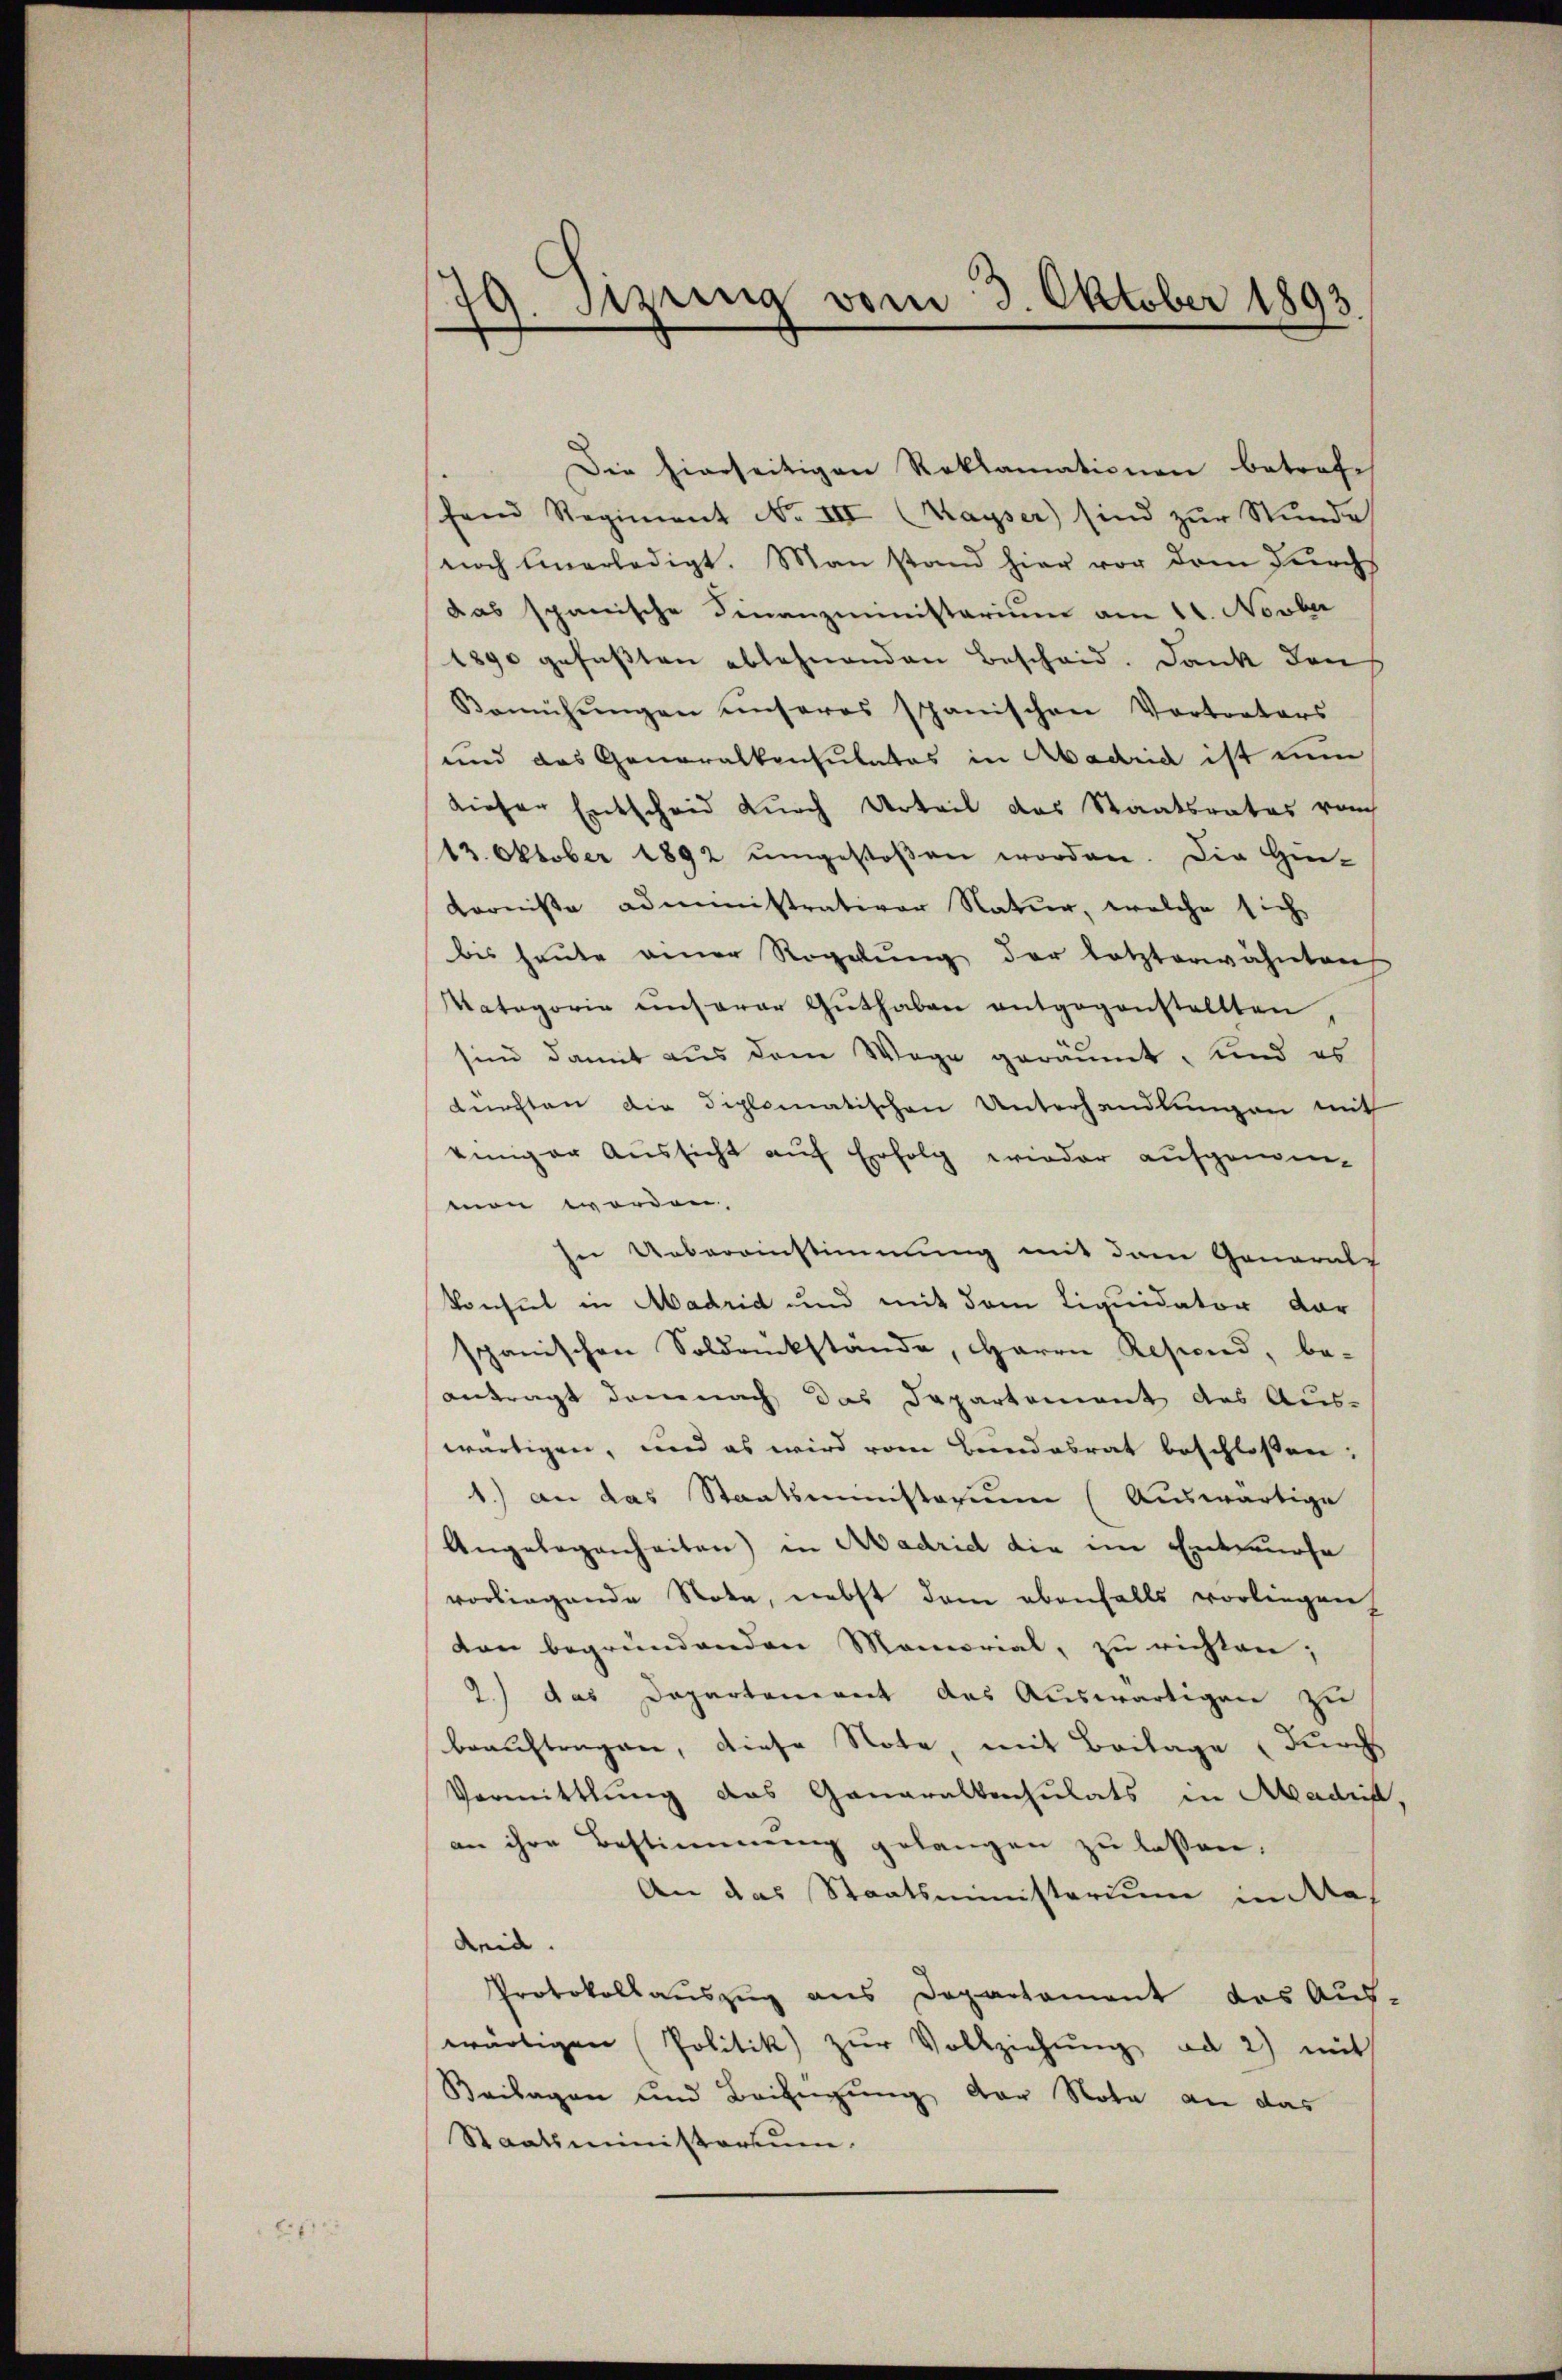
2

79. Setzung vom 3. Oktober 1893.

Die hierseitigen Reklamationen betrofe
fend Regiment No III Kayser) sind zŭr Stŭnde
noch einerledigt. Man stand hier vor dem Furchs
das spanische Finanzministarium am 11. Novber
1890 gefaßten ablehnenden Bescheid. Dank den
Bemühŭngen unseres spanischen Vortreters
und das Generalkonsulatos in Abadrid ist um
dieser Entscheid durch Urteil das Staatsrates rauch
13. Oktober 1892 ŭmgestoβen worden. Die Hin-
Korniße administrativer Natur, welche sich
bis heute einer Regelŭng der letzterwähnten
Kategorie unserer Guthaben entgegenstellten
sind damit aus dem Wege geräumt, und es
Fürchten die diplomatischen Unterhandlungen mit
einiger Aussicht auf Erfolg wieder aufgewenmen worden.
In Uebereinstimmung mit dem Generalp
Konsul in Madrid und mit dem Liquidator dar
spanischen Soldrückstände, Herrn Resind, be-
antragt den nach das Departement des Aus-
wärtigen, und es wird vom Bandesrat beschloßen:
1.) an das Staatsministerium (Auswärtige
Angelegenheiten) in Madrid die im Entwurfe
vorliegende Note, nebst dann ebenfalls vorliegen
don begründenden Memorial, zu richten;
2.) das Departement des Auswärtigen zu
beauftragen, diese Note, mit Beilage (durch
Vormittlung das Generalkonsulats in Madrid.
an ihre Bestimmung gelangen zu lassen,
An das Staatsministerium in Madrid.
Protokollauszug aus Departement das Aus-
wärtigen Politik) zŭr Vollziehŭng ad 2) mit
Beilagen und Beifügung der Nota an das
Staatsministerium.